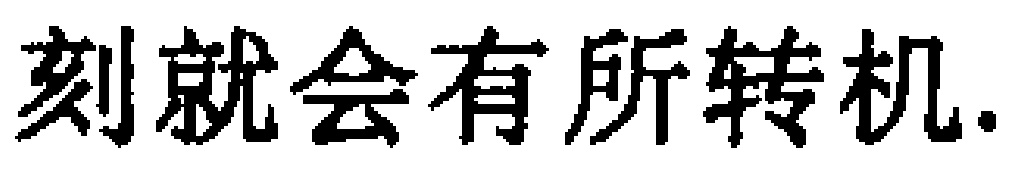
刻就会有所转机.